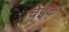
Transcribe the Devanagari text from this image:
चेइक